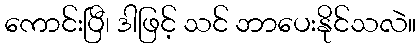
ကောင်းပြီ၊ ဒါဖြင့် သင် ဘာပေးနိုင်သလဲ။